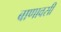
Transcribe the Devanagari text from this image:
बाणावसी